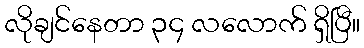
လိုချင်နေတာ ၃၄ လလောက် ရှိပြီ။